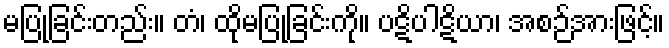
မပြုခြင်းတည်း။ တံ၊ ထိုမပြုခြင်းကို။ ပဋိပါဋိယာ၊ အစဉ်အားဖြင့်။